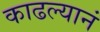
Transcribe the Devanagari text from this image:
काढल्यानं